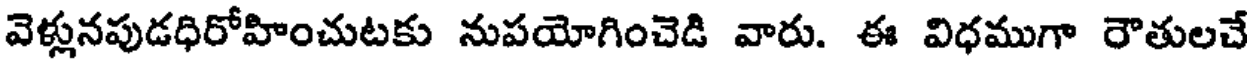
వెళ్లునపుడధిరోహించుటకు నుపయోగించెడి వారు. ఈ విధముగా రౌతులచే